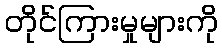
တိုင်ကြားမှုများကို